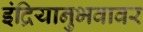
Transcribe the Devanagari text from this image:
इंद्रियानुभवावर